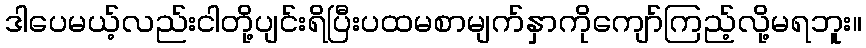
ဒါပေမယ့်လည်းငါတို့ပျင်းရိပြီးပထမစာမျက်နှာကိုကျော်ကြည့်လို့မရဘူး။